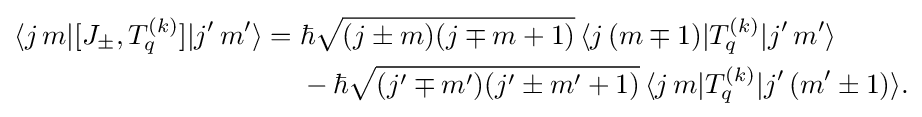
{\begin{aligned}\langle j\,m|[J_{\pm },T_{q}^{(k)}]|j'\,m'\rangle ={}&\hbar {\sqrt {(j\pm m)(j\mp m+1)}}\,\langle j\,(m\mp 1)|T_{q}^{(k)}|j'\,m'\rangle \\&-\hbar {\sqrt {(j'\mp m')(j'\pm m'+1)}}\,\langle j\,m|T_{q}^{(k)}|j'\,(m'\pm 1)\rangle .\end{aligned}}